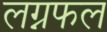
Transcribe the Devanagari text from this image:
लग्नफल